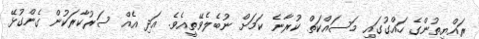
ރައްޔިތުންގެ ހައްގުގައި މަސައްކަތް ކުރާނެ ކަމަށް ނުބެލެވޭތީއެވެ. އަދި އެއް ސަރުކާރަކުން ގެންގުޅޭ